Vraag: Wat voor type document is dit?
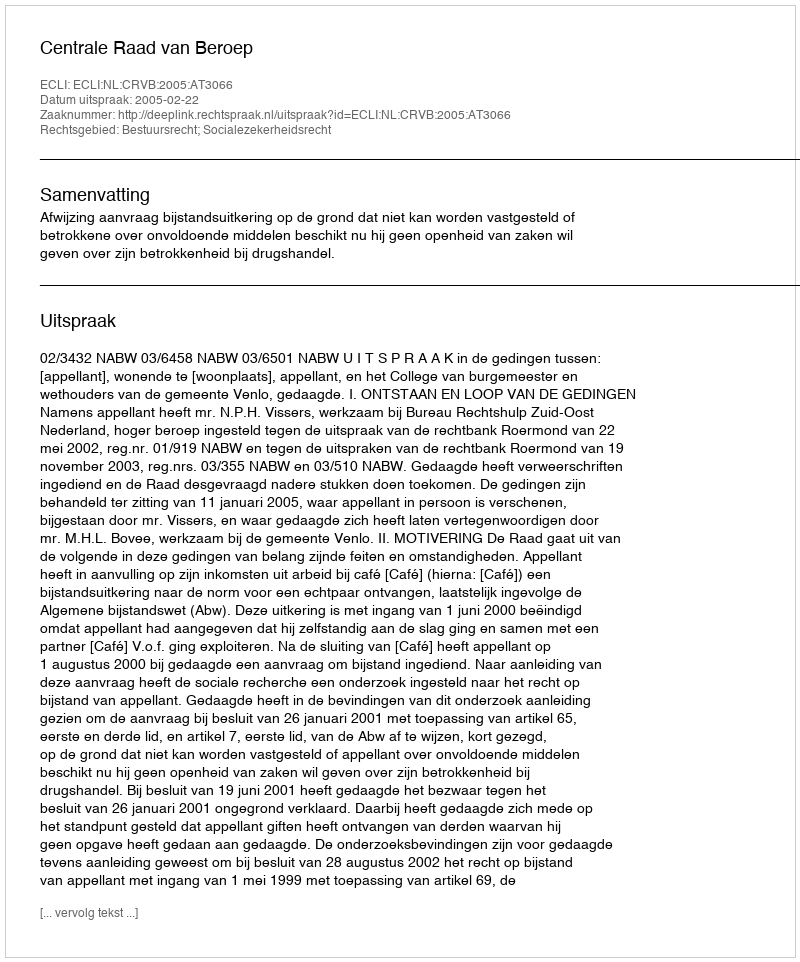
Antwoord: Uitspraak